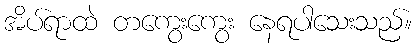
အိပ်ရာထဲ တကွေးကွေး နေရပါသေးသည်။